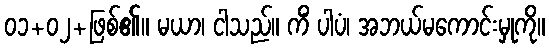
၀၁+၀၂+ဖြစ်၏။ မယာ၊ ငါသည်။ ကိံ ပါပံ၊ အဘယ်မကောင်းမှုကို။